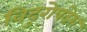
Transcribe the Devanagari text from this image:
विदुरोपदेश